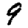
Digit: 9